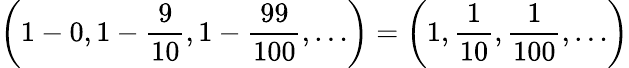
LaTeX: \left(1-0,1-{\frac{9}{10}},1-{\frac{99}{100}},\dots\right)=\left(1,{\frac{1}{10}},{\frac{1}{100}},\dots\right)